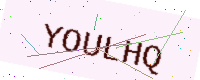
Text: YOULHQ